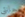
حانتي